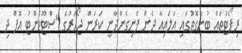
ރިޕޯޓުތައް ބުނާގޮތުގައި އަލައިއާ ދެން ފެނިގެންދާނީ ކަރަން ޖޯހަރުގެ "ސްޓޫޑެންޓު އޮފް ދި